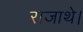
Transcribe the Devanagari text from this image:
राजाथे।